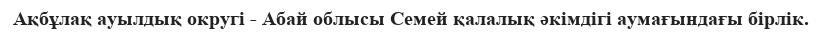
Ақбұлақ ауылдық округі - Абай облысы Семей қалалық әкімдігі аумағындағы бірлік.